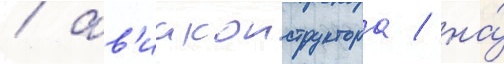
/ ав'иаконструктора / на́